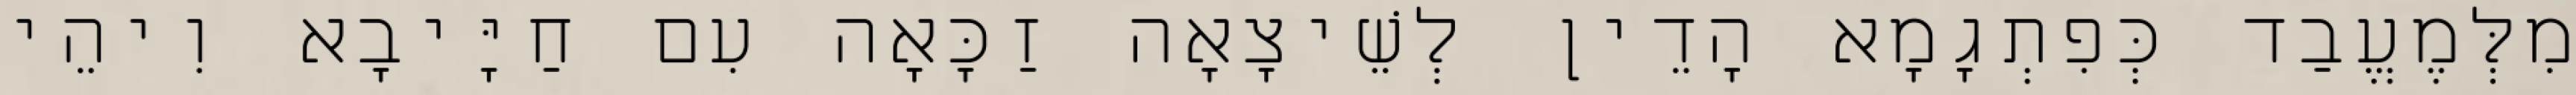
מִלְּמֶעֱבַד כְּפִתְגָמָא הָדֵין לְשֵׁיצָאָה זַכָּאָה עִם חַיָּיבָא וִיהֵי